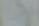
حسنا